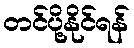
တင်ပို့နိုင်ရန်